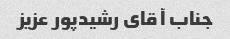
جناب آ قای رشیدپور عزیز